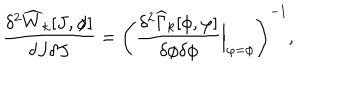
\frac { \delta ^ { 2 } \widehat { W } _ { k } [ J , \phi ] } { \delta J \delta J } = \left( \frac { \delta ^ { 2 } \widehat { \Gamma } _ { k } [ \phi , \varphi ] } { \delta \phi \delta \phi } { \Big | } _ { \varphi = \phi } \right) ^ { - 1 } ,